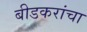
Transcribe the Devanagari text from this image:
बीडकरांचा